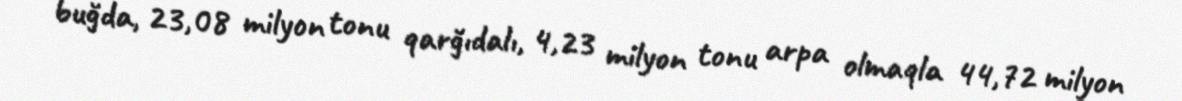
buğda, 23,08 milyon tonu qarğıdalı, 4,23 milyon tonu arpa olmaqla 44,72 milyon